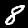
Digit: 8